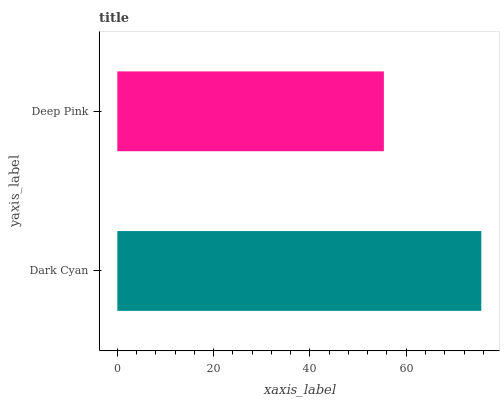
| yaxis_label | bars |
 | --- | --- |
 | Dark Cyan | 75.6 |
 | Deep Pink | 55.4 |